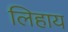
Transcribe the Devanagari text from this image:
लिहाय